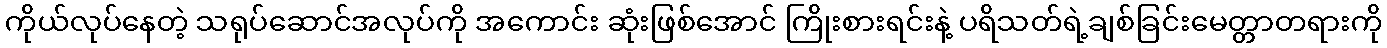
ကိုယ်လုပ်နေတဲ့ သရုပ်ဆောင်အလုပ်ကို အကောင်း ဆုံးဖြစ်အောင် ကြိုးစားရင်းနဲ့ ပရိသတ်ရဲ့ချစ်ခြင်းမေတ္တာတရားကို